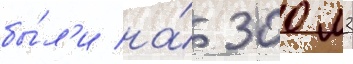
бы́л'и на́ 300 м3